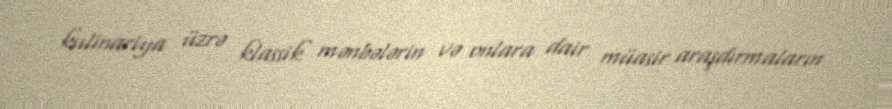
kulinariya üzrə klassik mənbələrin və onlara dair müasir araşdırmaların